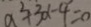
a ^ { 2 } + 3 x - 4 = 0